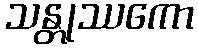
သန္တုဿကော